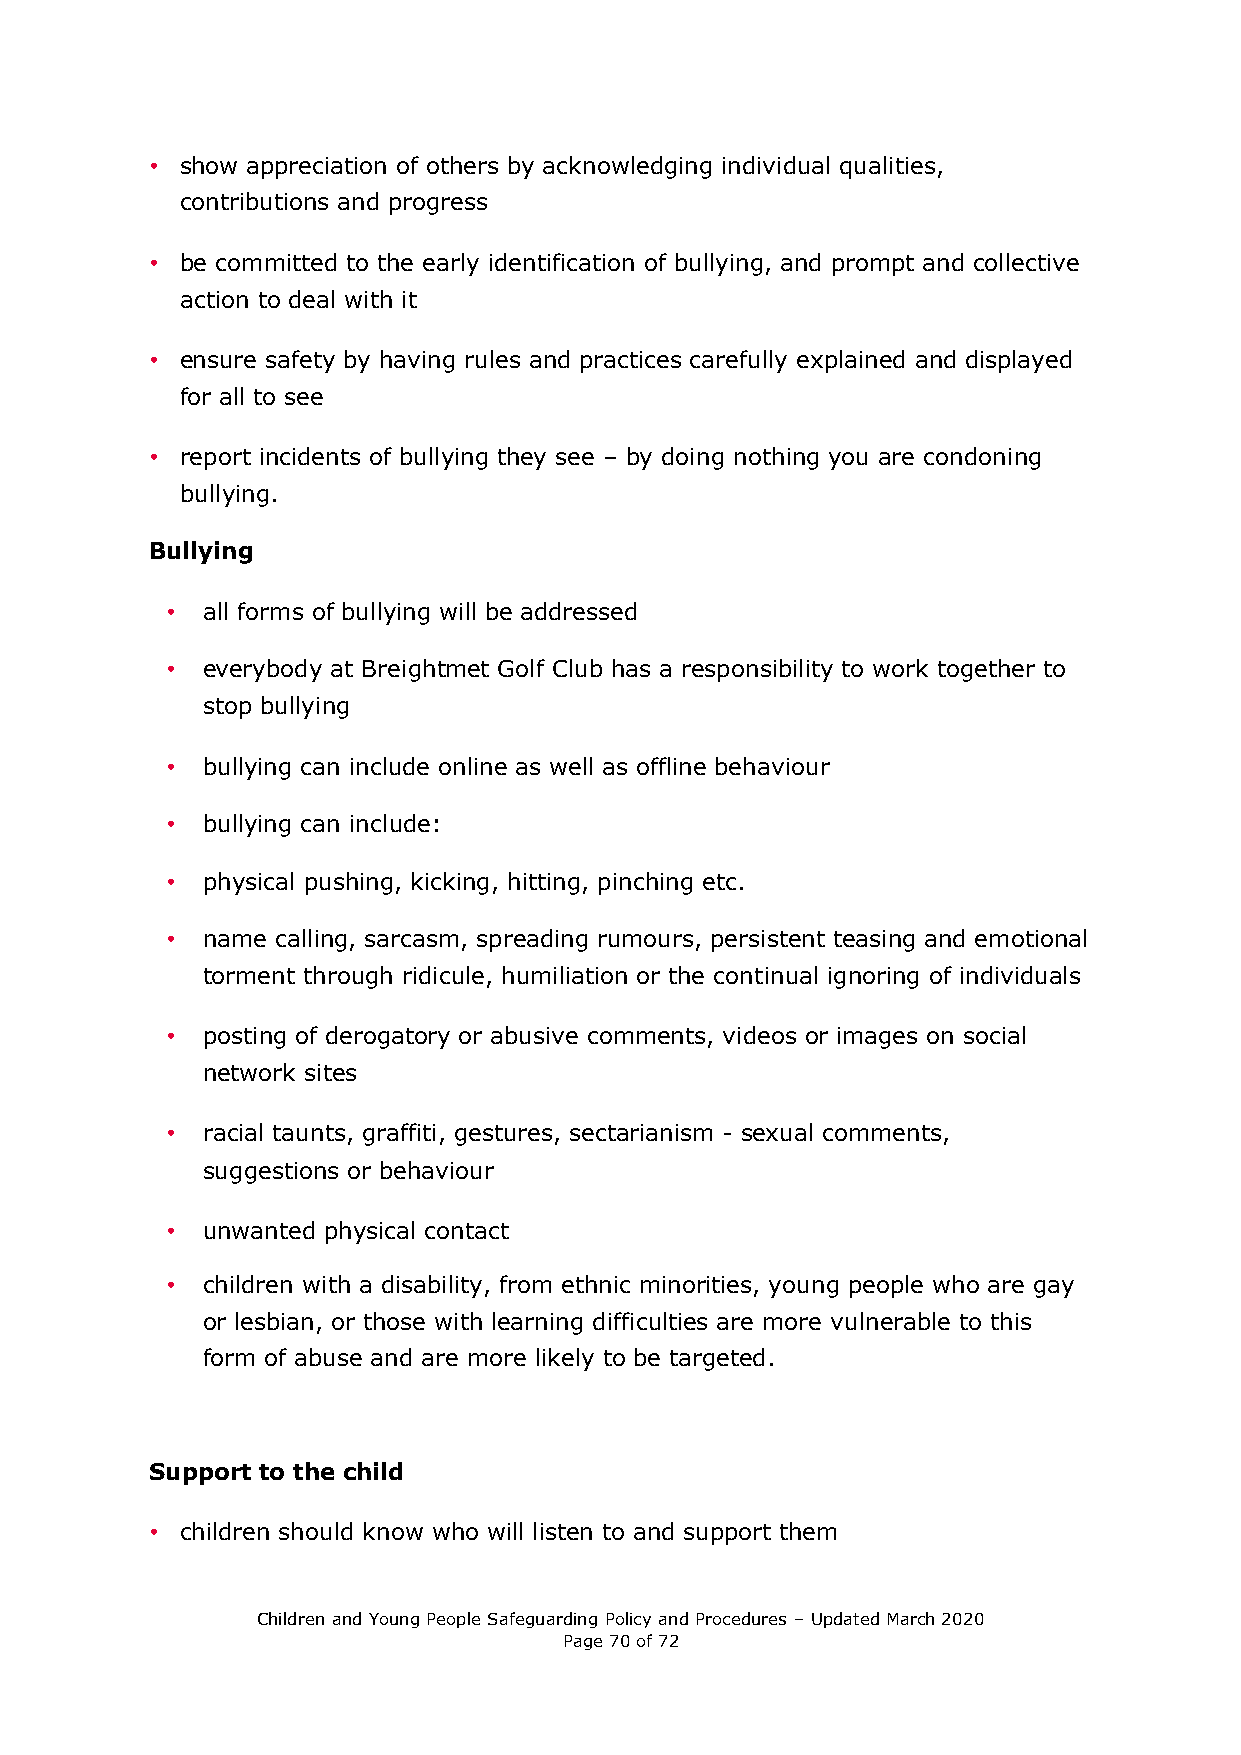
• show appreciation of others by acknowledging individual qualities,
 contributions and progress
 • be committed to the early identification of bullying, and prompt and collective
 action to deal with it
 • ensure safety by having rules and practices carefully explained and displayed
 for all to see
 • report incidents of bullying they see – by doing nothing you are condoning
 bullying.
 Bullying
 • all forms of bullying will be addressed
 • everybody at Breightmet Golf Club has a responsibility to work together to
 stop bullying
 • bullying can include online as well as offline behaviour
 • bullying can include:
 • physical pushing, kicking, hitting, pinching etc.
 • name calling, sarcasm, spreading rumours, persistent teasing and emotional
 torment through ridicule, humiliation or the continual ignoring of individuals
 • posting of derogatory or abusive comments, videos or images on social
 network sites
 • racial taunts, graffiti, gestures, sectarianism - sexual comments,
 suggestions or behaviour
 • unwanted physical contact
 • children with a disability, from ethnic minorities, young people who are gay
 or lesbian, or those with learning difficulties are more vulnerable to this
 form of abuse and are more likely to be targeted.
 Support to the child
 • children should know who will listen to and support them
 Children and Young People Safeguarding Policy and Procedures – Updated March 2020
 Page 70 of 72